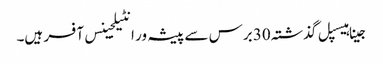
جینا ہیسپل گذشتہ 30 برس سے پیشہ ور انٹیلجینس آفسر ہیں۔